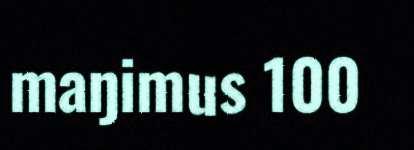
maŋimus 100